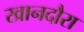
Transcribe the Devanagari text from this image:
खानदौरा